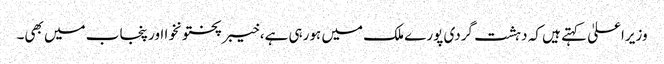
وزیراعلیٰ کہتے ہیں کہ دہشت گردی پورے ملک میں ہورہی ہے، خیبرپختونخوا اور پنجاب میں بھی۔